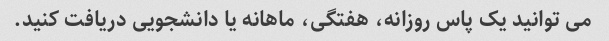
می توانید یک پاس روزانه، هفتگی، ماهانه یا دانشجویی دریافت کنید.